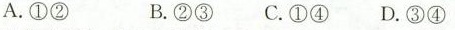
A.①② B.②③C.①④D.③④